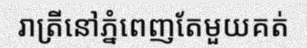
រាត្រីនៅភ្នំពេញតែមួយគត់